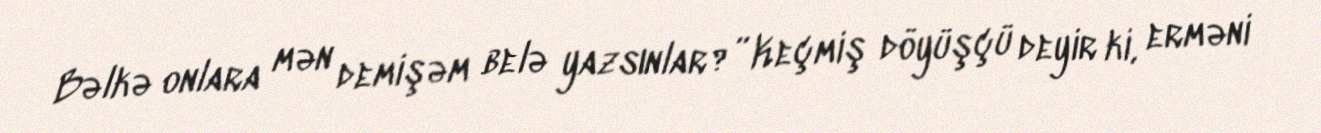
Bəlkə onlara mən demişəm belə yazsınlar?” Keçmiş döyüşçü deyir ki, erməni